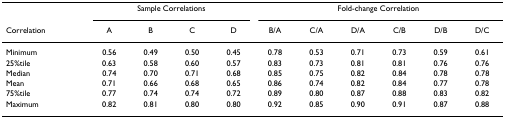
<table><thead><tr><td></td><td colspan="4"><b>Sample Correlations</b></td><td colspan="6"><b>Fold-change Correlation</b></td></tr><tr><td><b>Correlation</b></td><td><b>A</b></td><td><b>B</b></td><td><b>C</b></td><td><b>D</b></td><td><b>B/A</b></td><td><b>C/A</b></td><td><b>D/A</b></td><td><b>C/B</b></td><td><b>D/B</b></td><td><b>D/C</b></td></tr></thead><tbody><tr><td>Minimum</td><td>0.56</td><td>0.49</td><td>0.50</td><td>0.45</td><td>0.78</td><td>0.53</td><td>0.71</td><td>0.73</td><td>0.59</td><td>0.61</td></tr><tr><td>25%tile</td><td>0.63</td><td>0.58</td><td>0.60</td><td>0.57</td><td>0.83</td><td>0.73</td><td>0.81</td><td>0.81</td><td>0.76</td><td>0.76</td></tr><tr><td>Median</td><td>0.74</td><td>0.70</td><td>0.71</td><td>0.68</td><td>0.85</td><td>0.75</td><td>0.82</td><td>0.84</td><td>0.78</td><td>0.78</td></tr><tr><td>Mean</td><td>0.71</td><td>0.66</td><td>0.68</td><td>0.65</td><td>0.86</td><td>0.74</td><td>0.82</td><td>0.84</td><td>0.77</td><td>0.78</td></tr><tr><td>75%tile</td><td>0.77</td><td>0.74</td><td>0.74</td><td>0.72</td><td>0.89</td><td>0.80</td><td>0.87</td><td>0.88</td><td>0.83</td><td>0.82</td></tr><tr><td>Maximum</td><td>0.82</td><td>0.81</td><td>0.80</td><td>0.80</td><td>0.92</td><td>0.85</td><td>0.90</td><td>0.91</td><td>0.87</td><td>0.88</td></tr></tbody></table>